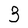
Character: 3